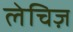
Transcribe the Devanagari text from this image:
लेचिज़